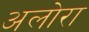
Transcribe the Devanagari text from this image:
अलोरा